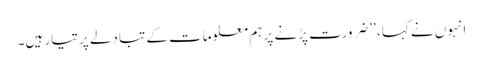
انہوں نے کہا، ’’ضرورت پڑنے پر ہم معلومات کے تبادلے پر تیار ہیں۔